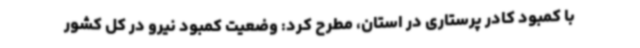
با کمبود کادر پرستاری در استان، مطرح کرد: وضعیت کمبود نیرو در کل کشور